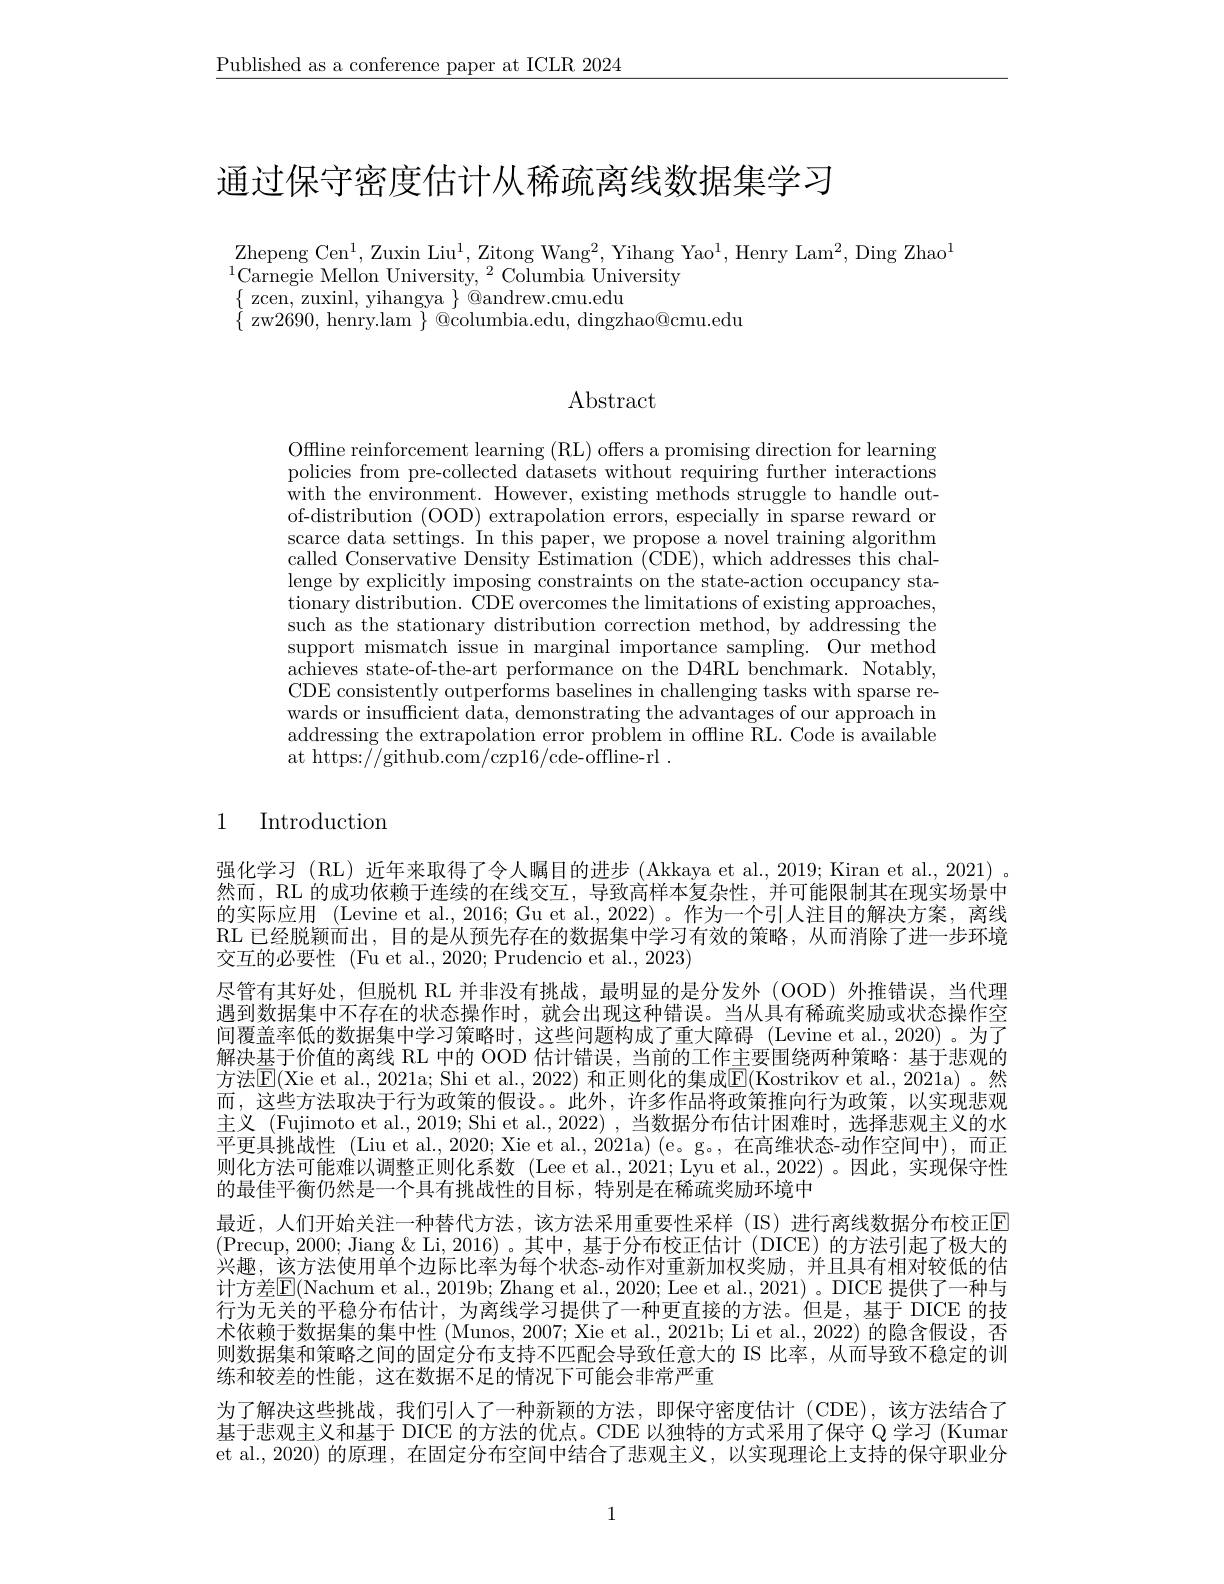
$\underline{\text{Published as a conference paper at ICLR 2024}}$

通过保守密度估计从稀疏离线数据集学习

Zhepeng Cen$^1$,Zuxin Liu$^1$,Zitong Wang$^2$,Yihang Yao$^1$,Henry Lam$^2$,Ding Zhao$^1$
$^{1}\dot{\text{Carnegie Mellon University,}}^{2}$Columbia University
$\begin{array}{l}{\{\mathrm{zcen,~zuxinl,~yihangya~}\}@andrew.cmu.edu}\\{\{\mathrm{zw2690,~henry.lam~}\}@columbia.edu,~dingzhao@cmu.edu}\\\end{array}$

Abstract

Offline reinforcement learning (RL) offers a promising direction for learning policies from pre-collected datasets without requiring further interactions $\dot{\text{with the environment. However, existing methods struggle to handle out-}}$ of-distribution (OOD) extrapolation errors, especially in sparse reward or scarce data settings. In this paper, we propose a novel training algorithm called Conservative Density $\tilde{\text{Estimation }}(\tilde{\text{CDE}})$,which addresses this challenge by explicitly imposing constraints on the state-action occupancy stationary distribution. $\bar{\text{CDE overcomes the limitations of existing approaches,}}$ such as the stationary distribution correction method, by addressing the support mismatch issue in marginal importance sampling. Our method achieves state-of-the-art performance on the D4RL benchmark. Notably, CDE consistently outperforms baselines in challenging tasks with sparse rewards or insufficient data, demonstrating the advantages of our approach in addressing the extrapolation error problem in offline RL. Code is available at https://github.com/czp16/cde-offline-rl~.

# 1 Introduction

强化学习(RL)近年来取得了令人瞩目的进步(Akkaya et al.,2019; Kiran et al.,2021)。然而，RL 的成功依赖于连续的在线交互，导致高样本复杂性，并可能限制其在现实场景中的实际应用 (Levine et al., 2016; Gu et al., 2022)。作为一个引人注目的解决方案，离线RL 已经脱颖而出，目的是从预先存在的数据集中学习有效的策略，从而消除了进一步环境交互的必要性 (Fu et al., 2020; Prudencio et al., 2023)
尽管有其好处，但脱机 RL 并非没有挑战，最明显的是分发外 (OOD)外推错误，当代理遇到数据集中不存在的状态操作时，就会出现这种错误。当从具有稀疏奖励或状态操作空间覆盖率低的数据集中学习策略时，这些问题构成了重大障碍 (Levine et al.,2020) 。为了解决基于价值的离线 RL 中的 OOD 估计错误，当前的工作主要围绕两种策略：基于悲观的方法$\overline{\mathrm{E}}($Xie et al., 2021a; Shi et al., 2022) 和正则化的集成$\underline{\mathrm{E}}($Kostrikov et al., 2021a)。然而，这些方法取决于行为政策的假设。。此外，许多作品将政策推向行为政策，以实现悲观主义 (Fujimoto et al., 2019; Shi et al., 2022), 当数据分布估计困难时，选择悲观主义的水平更具挑战性 (Liu et al., 2020; Xie et al., 2021a)(e。g。, 在高维状态-动作空间中),而正则化方法可能难以调整正则化系数 (Lee et al.,2021; Lyu et al.,2022) 。因此，实现保守性的最佳平衡仍然是一个具有挑战性的目标，特别是在稀疏奖励环境中
最近，人们开始关注一种替代方法，该方法采用重要性采样(IS)进行离线数据分布校正$\color{red}{\mathrm{E}}$ (Precup, 2000; Jiang & Li, 2016)。其中，基于分布校正估计 (DICE)的方法引起了极大的兴趣，该方法使用单个边际比率为每个状态-动作对重新加权奖励，并且具有相对较低的估计方差$\mathbb{E}($Nachum et al., 2019b; Zhang et al., 2020; Lee et al., 2021)。DICE 提供了一种与行为无关的平稳分布估计，为离线学习提供了一种更直接的方法。但是，基于 DICE 的技术依赖于数据集的集中性 (Munos, 2007; Xie et al., 2021b; Li et al., 2022) 的隐含假设，否则数据集和策略之间的固定分布支持不匹配会导致任意大的 IS 比率，从而导致不稳定的训练和较差的性能，这在数据不足的情况下可能会非常严重
为了解决这些挑战，我们引人了一种新颖的方法，即保守密度估计(CDE),该方法结合了基于悲观主义和基于 DICE 的方法的优点。CDE 以独特的方式采用了保守 Q 学习 (Kumar et al., 2020) 的原理，在固定分布空间中结合了悲观主义，以实现理论上支持的保守职业分

1